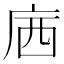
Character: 𱝃